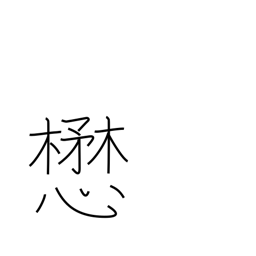
Meaning: strive